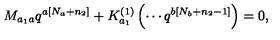
M _ { a _ { 1 } a } q ^ { a \left[ N _ { a } + n _ { 2 } \right] } + K _ { a _ { 1 } } ^ { \left( 1 \right) } \left( \cdots q ^ { b \left[ N _ { b } + n _ { 2 } - 1 \right] } \right) = 0 ,